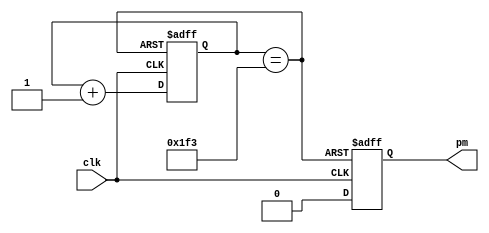
module fdiv(
	input			clk,
	output		pm
);

	reg [8:0] Q1;
	reg FULL;
	wire RST;

always @ (posedge clk or posedge RST)
begin
	if(RST) begin
		Q1 <= 0;
		FULL <= 1;
		end
	else begin
		Q1 <= Q1 + 1;
		FULL <= 0;
	end
end

assign RST = (Q1 == 499);
assign pm = FULL;
assign DOUT	= Q1;

endmodule 


//module FDIV (CLK, PM);
//		input CLK;
//		output PM;
//		reg [8:0] Q1;
//		reg FULL;
//		wire RST;
//		always @ (posedge CLK or posedge RST)
//				begin
//						if	(RST)
//								begin
//										Q1 <= 0;
//										FULL <= 1;
//								end
//						else
//								begin
//										Q1 <= Q1 + 1;
//										FULL <= 0;
//								end
//				end
//		assign RST = (Q1 == 499);
//		assign PM = FULL;
//		assign	DOUT	=	Q1;
//endmodule 

/*
module FDIV (CLK, PM,reset_n);
		input CLK;
		input reset_n;
		output PM;
		reg [8:0] Q1;
		reg FULL;
		wire RST;
		always @ (posedge CLK or posedge RST or negedge reset_n)
				begin
						if	(RST)
								begin
										Q1 <= 0;
										FULL <= 1;
								end
						else if	(!reset_n)
								begin
										FULL <= 0;
										Q1 <= 0;
								end
						else
								begin
										Q1 <= Q1 + 1;
										FULL <= 0;
								end
				end
		assign RST = (Q1 == 499);
		assign PM = FULL;
		assign	DOUT	=	Q1;
endmodule 
*/